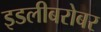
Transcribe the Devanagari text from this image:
इडलीबरोबर